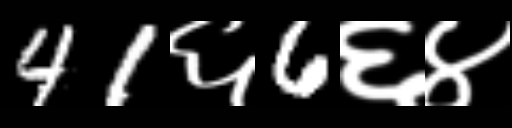
Text: 41६6६४